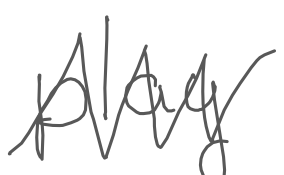
Text: play
Cross-out: zig-zag
Writing tool: digital_gray